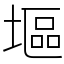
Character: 塸